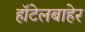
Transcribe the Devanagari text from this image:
हॉटेलबाहेर